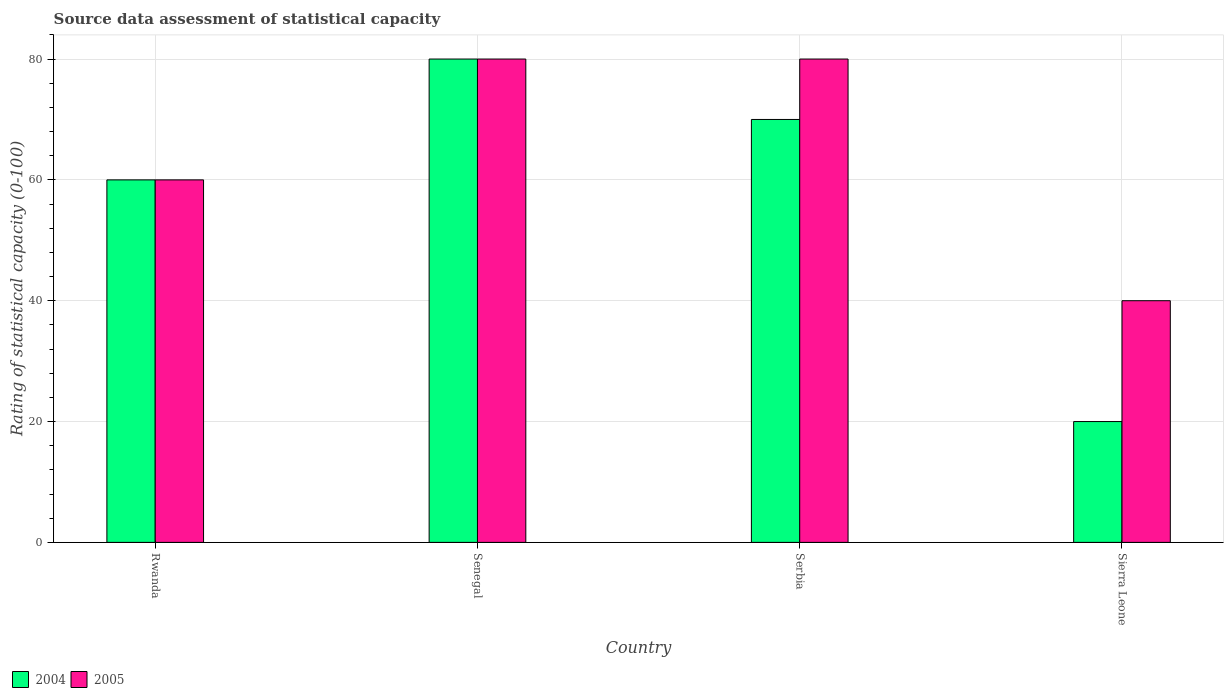
| Country | 2004 | 2005 |
 | --- | --- | --- |
 | Rwanda | 60 | 60 |
 | Senegal | 80 | 80 |
 | Serbia | 70 | 80 |
 | Sierra Leone | 20 | 40 |